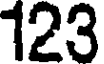
123